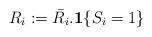
LaTeX: \begin{align*}R_{i}:=\bar{R_{i}}.{\bf 1}\{S_{i} = 1\}\end{align*}